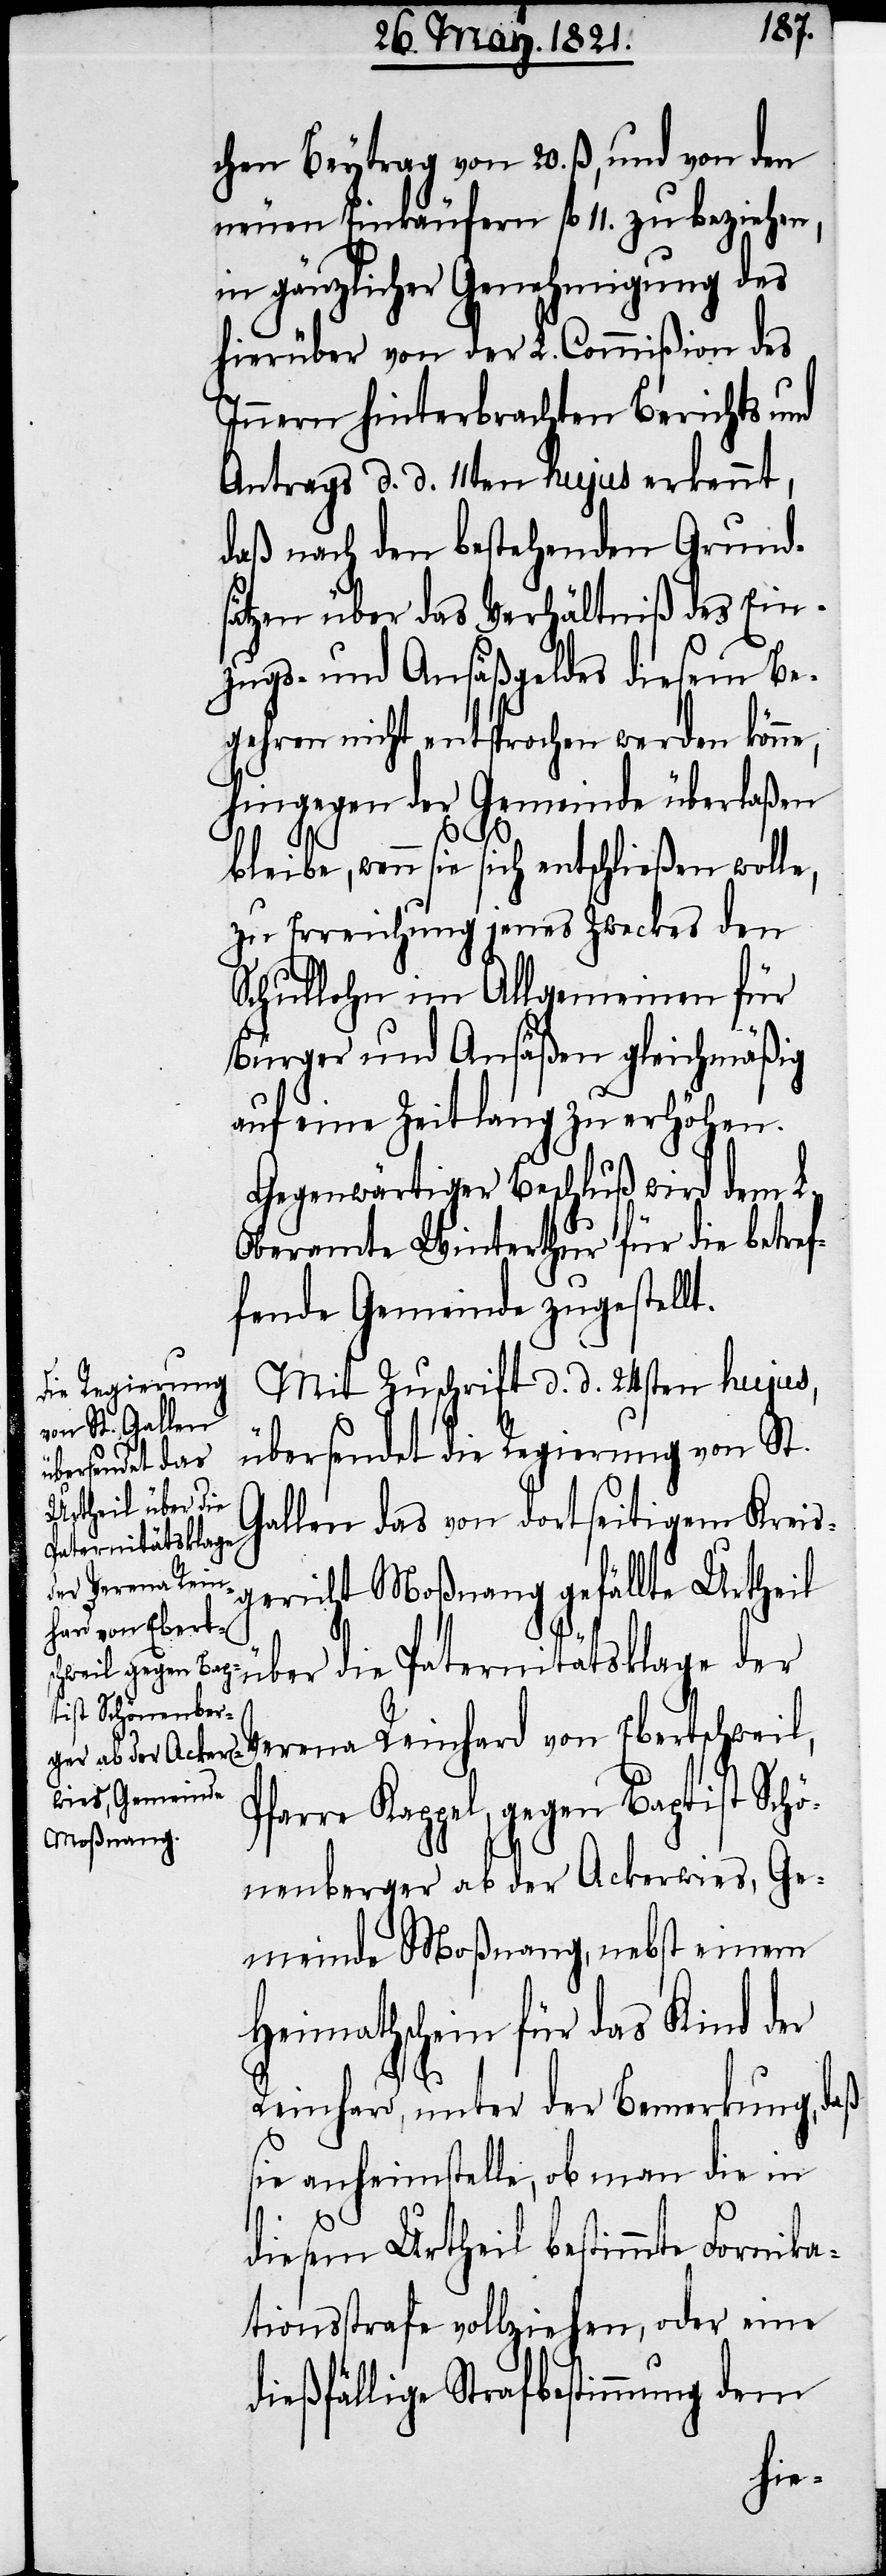
chen Beytrag von 20. ß, und den
neuen Einkäufern fl. 11. zu beziehen,
in gänzlicher Genehmigung des
hierüber von der L. Commißion des
Innern hinterbrachten Berichts und
Antrags d. d. 11ten hujus erkennt,
daß nach den bestehenden Grund¬
sätzen über das Verhältniß des Ein¬
zugs- und Ansäßgeldes diesem Be¬
gehren nicht entsprochen werden könne,
hingegen der Gemeinde überlaßen
bleibe, wenn sie sich entschließen wolle,
zu Erreichung jenes Zweckes den
Bürger und Ansäßen gleichmäßig
auf eine Zeitlang zu erhöhen.
Gegenwärtiger Beschluß wird dem L.
Oberamte Winterthur für die betref¬
fende Gemeinde zugestellt.
Mit Zuschrift d. d. 24sten hujus,
übersendet die Regierung von St.
Gallen das von dortseitigem Kreis¬
gericht Moßnang gefällte Urtheil
über die Paternitätsklage der
Verena Reinhard von Ebertschweil,
Pfarre Kappel, gegen Baptist Schö¬
nenberger ab der Ackerwies, Ge¬
meinde Moßnang, nebst einem
Heimathschein für das Kind der
Reinhard, unter Bemerkung, daß
sie anheimstelle, ob man die in
diesem Urtheil bestimmte Fornika¬
tionsstrafe vollziehen, oder eine
dießfällige Strafbestimmung dem
für